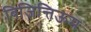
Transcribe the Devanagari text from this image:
बिजिन्तिऊम